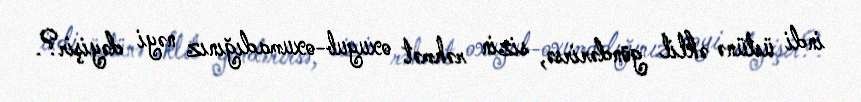
indi üstünə əklil göndərirsə, sizin rəhmət oxuyub-oxumadığınız nəyi dəyişir?.